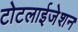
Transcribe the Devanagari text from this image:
टोटलाईजेशन